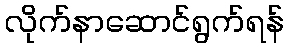
လိုက်နာဆောင်ရွက်ရန်